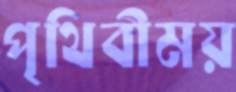
পৃথিবীময়